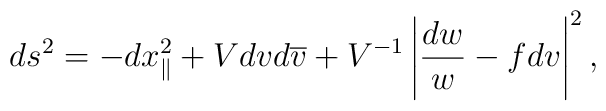
ds^2 = - dx_\parallel^2 + V dv d\overline v + V^{-1} \left|\frac{dw}{w} - f dv \right|^2,